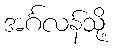
အင်္ဂလန်သို့